Civil Veterinary Dept. Bombay admin report 1932-41 - 1932-1941
Year: 1932
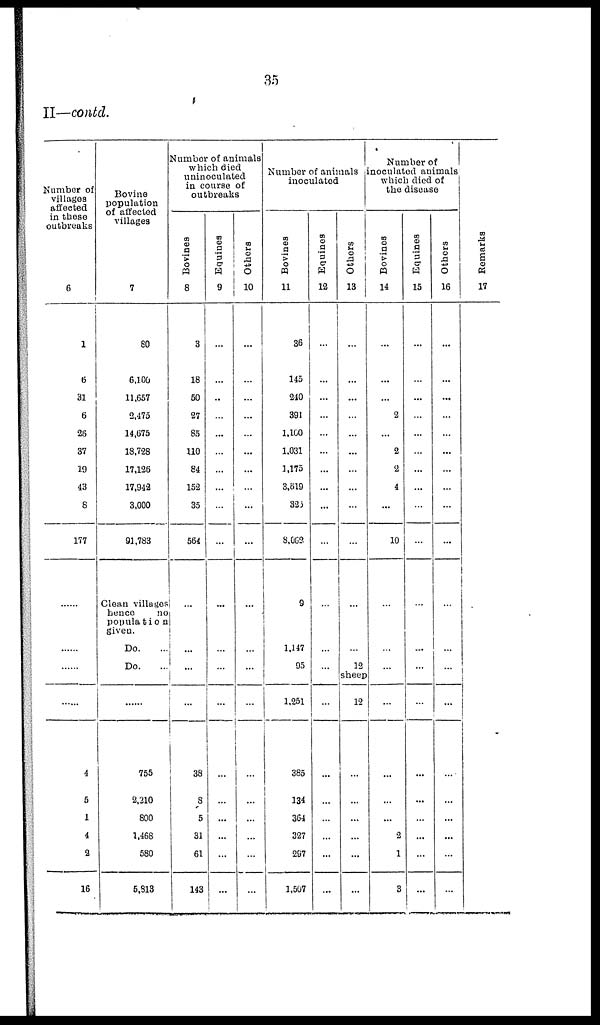
35
II—contd.
Number of
villages
affected
in those
outbreaks
6
1
6
31
6
26
37
19
43
8
177
......
......
......
......
4
5
1
4
2
16
Bovine
population
of affected
villages
7
80
6,100
11,657
2,475
14,675
18,728
17,126
17,942
3,000
91,783
Clean villages
hence
no
population
given.
Do. ...
Do. ...
......
755
2,210
800
1,468
580
5,813
Number of animals
which died
uninoculated
in course of
outbreaks
Bovines
8
3
18
50
27
85
110
84
152
35
564
...
...
...
...
38
8
5
31
61
143
Equines
9
...
...
..
...
...
...
...
...
...
...
...
...
...
...
...
...
...
...
...
...
Others
10
...
...
...
...
...
...
...
...
...
...
...
...
...
...
...
...
...
...
...
...
Number of animals
inoculated
Bovines
11
36
145
240
391
1,100
1,031
1,175
3,819
323
8,062
9
1,147
95
1,251
385
134
364
327
297
1,507
Equines
12
...
...
...
...
...
...
...
...
...
...
...
...
...
...
...
...
...
...
...
...
Others
13
...
...
...
...
...
...
...
...
...
...
...
...
12
sheep
12
...
...
...
...
...
...
Number of
inoculated animals
which died of
the disease
Bovines
14
...
...
...
2
...
2
2
4
...
10
...
...
...
...
...
...
...
2
1
3
Equines
15
...
...
...
...
...
...
...
...
...
...
...
...
...
...
...
...
...
...
...
...
Others
16
...
...
...
...
...
...
...
...
...
...
...
...
...
...
...
...
...
...
...
...
Re ma r
ks
17